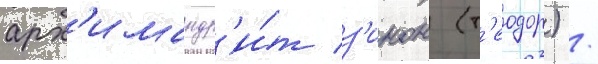
арх'имандр'и́т з'инон (т'еодор) /